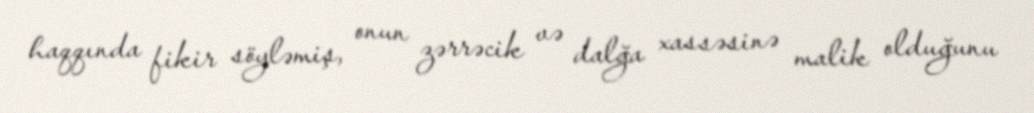
haqqında fikir söyləmiş, onun zərrəcik və dalğa xassəsinə malik olduğunu